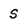
Character: s